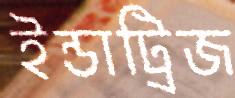
ইন্ডাট্রিজ